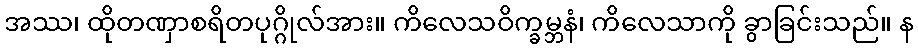
အဿ၊ ထိုတဏှာစရိတပုဂ္ဂိုလ်အား။ ကိလေသဝိက္ခမ္ဘနံ၊ ကိလေသာကို ခွာခြင်းသည်။ န